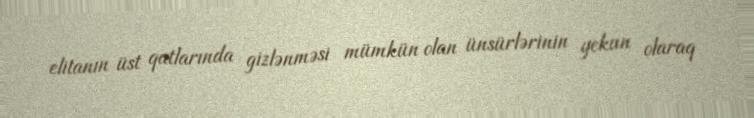
elitanın üst qatlarında gizlənməsi mümkün olan ünsürlərinin yekun olaraq